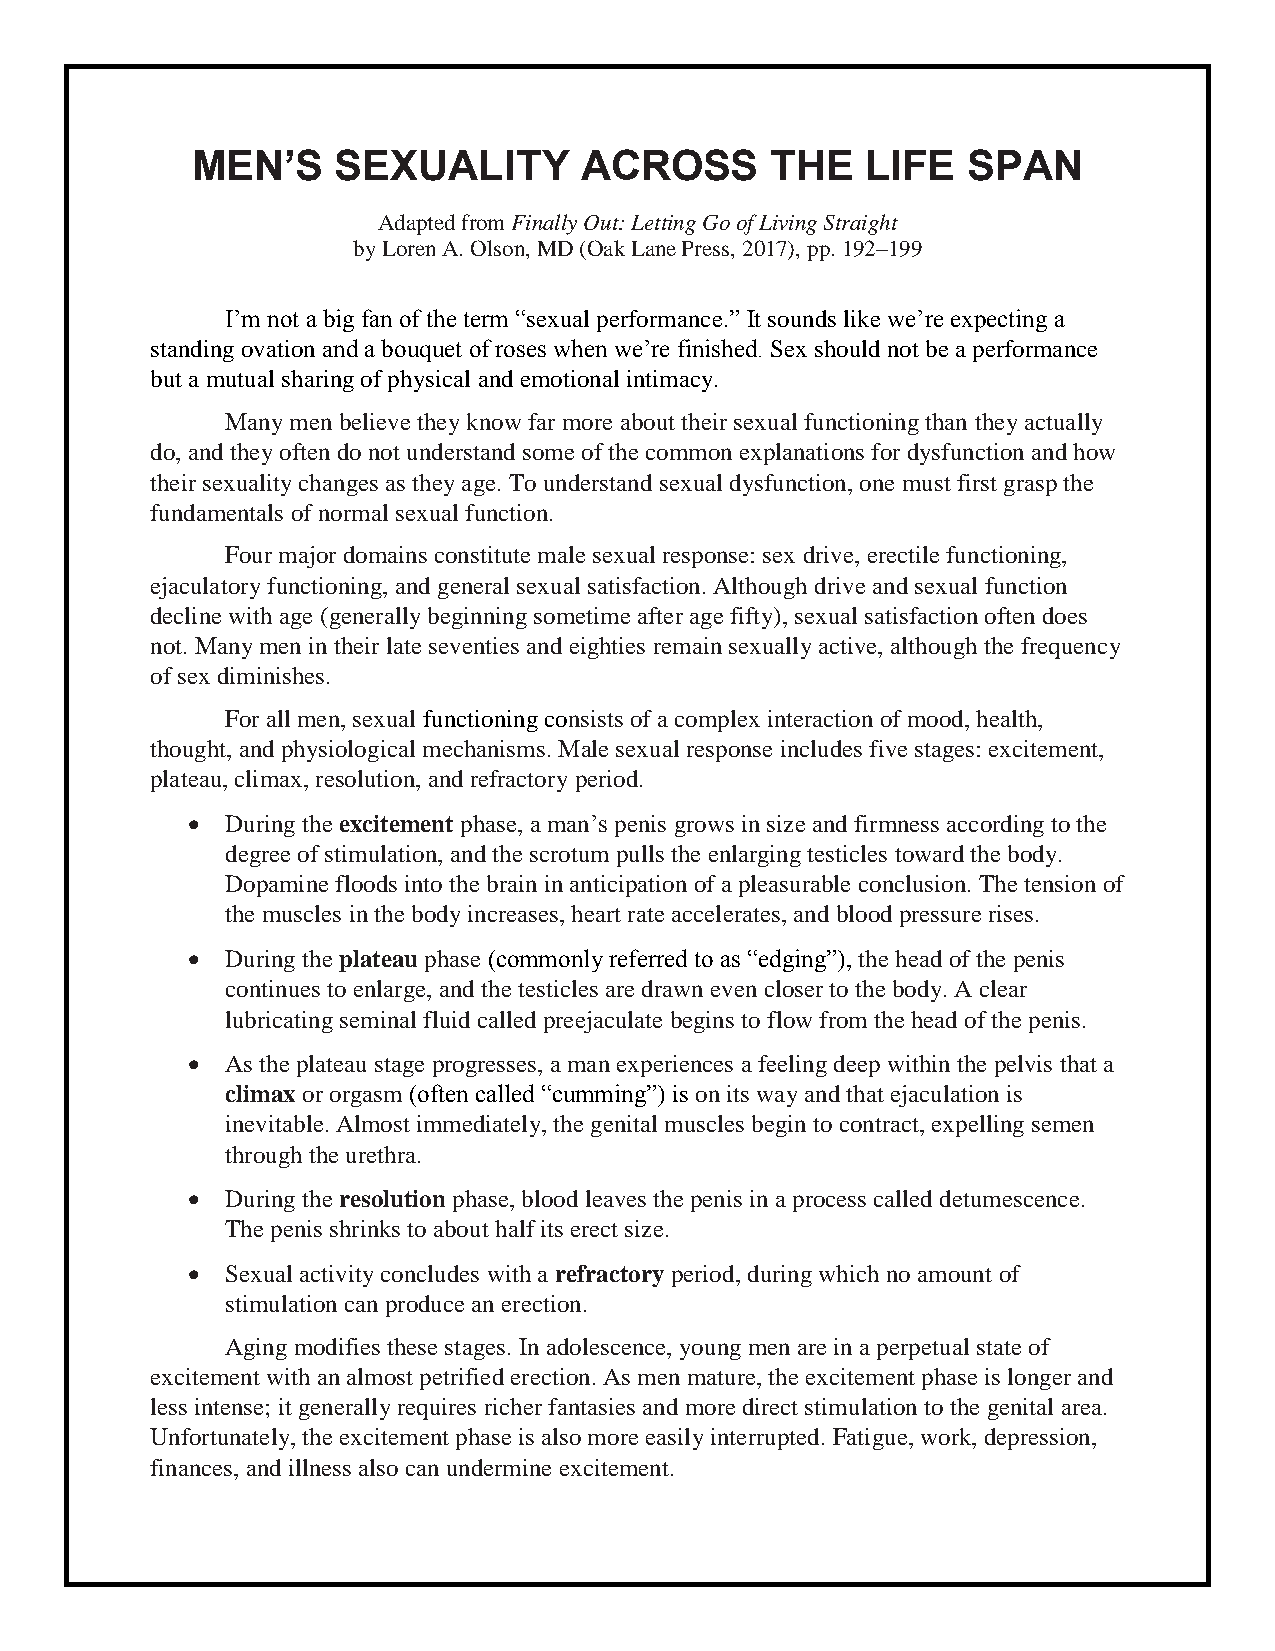
MEN’S    SEXUALITY       ACROSS       THE   LIFE   SPAN
 Adapted from Finally Out: Letting Go of Living Straight
 by Loren A. Olson, MD (Oak Lane Press, 2017), pp. 192–199
 I’m not a big fan of the term “sexual performance.” It sounds like we’re expecting a
 standing ovation and a bouquet of roses when we’re finished. Sex should not be a performance
 but a mutual sharing of physical and emotional intimacy.
 Many men believe they know far more about their sexual functioning than they actually
 do, and they often do not understand some of the common explanations for dysfunction and how
 their sexuality changes as they age. To understand sexual dysfunction, one must first grasp the
 fundamentals of normal sexual function.
 Four major domains constitute male sexual response: sex drive, erectile functioning,
 ejaculatory functioning, and general sexual satisfaction. Although drive and sexual function
 decline with age (generally beginning sometime after age fifty), sexual satisfaction often does
 not. Many men in their late seventies and eighties remain sexually active, although the frequency
 of sex diminishes.
 For all men, sexual functioning consists of a complex interaction of mood, health,
 thought, and physiological mechanisms. Male sexual response includes five stages: excitement,
 plateau, climax, resolution, and refractory period.
   During the excitement phase, a man’s penis grows in size and firmness according to the
 degree of stimulation, and the scrotum pulls the enlarging testicles toward the body.
 Dopamine floods into the brain in anticipation of a pleasurable conclusion. The tension of
 the muscles in the body increases, heart rate accelerates, and blood pressure rises.
   During the plateau phase (commonly referred to as “edging”), the head of the penis
 continues to enlarge, and the testicles are drawn even closer to the body. A clear
 lubricating seminal fluid called preejaculate begins to flow from the head of the penis.
   As the plateau stage progresses, a man experiences a feeling deep within the pelvis that a
 climax or orgasm (often called “cumming”) is on its way and that ejaculation is
 inevitable. Almost immediately, the genital muscles begin to contract, expelling semen
 through the urethra.
   During the resolution phase, blood leaves the penis in a process called detumescence.
 The penis shrinks to about half its erect size.
   Sexual activity concludes with a refractory period, during which no amount of
 stimulation can produce an erection.
 Aging modifies these stages. In adolescence, young men are in a perpetual state of
 excitement with an almost petrified erection. As men mature, the excitement phase is longer and
 less intense; it generally requires richer fantasies and more direct stimulation to the genital area.
 Unfortunately, the excitement phase is also more easily interrupted. Fatigue, work, depression,
 finances, and illness also can undermine excitement.